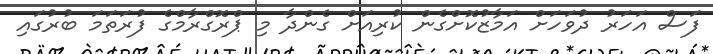
ފަސް އަހަރު ދުވަހަށް އަމާޒުކޮށްގެން ކުރިއަށް ގެންދާ މި ޕްރޮގްރާމްގެ ފުރަތަމަ ބުރުގައި